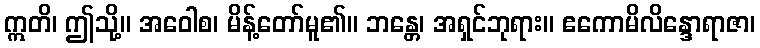
ဣတိ၊ ဤသို့။ အဝေါစ၊ မိန့်တော်မူ၏။ ဘန္တေ၊ အရှင်ဘုရား။ ဧကောမိလိန္ဒောရာဇာ၊